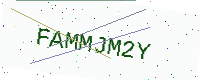
Text: FAMMJM2Y